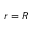
r = R